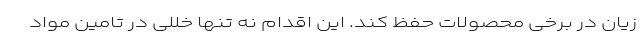
زیان در برخی محصولات حفظ کند. این اقدام نه تنها خللی در تامین مواد